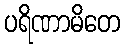
ပရိဏာမိတေ